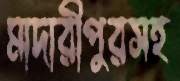
মাদারীপুরসহ